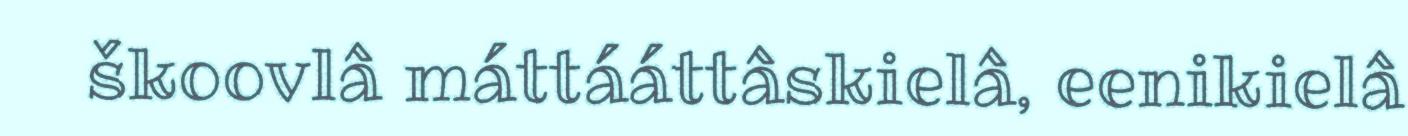
škoovlâ máttááttâskielâ, eenikielâ